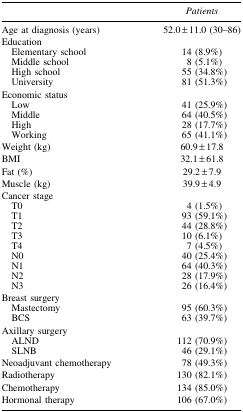
<table><thead><tr><td><b> </b></td><td><b><i>Patients</i></b></td></tr></thead><tbody><tr><td>Age at diagnosis (years)</td><td>52.0 ± 11.0 (30–86)</td></tr><tr><td colspan="2">Education</td></tr><tr><td> Elementary school</td><td>14 (8.9%)</td></tr><tr><td> Middle school</td><td>8 (5.1%)</td></tr><tr><td> High school</td><td>55 (34.8%)</td></tr><tr><td> University</td><td>81 (51.3%)</td></tr><tr><td colspan="2">Economic status</td></tr><tr><td> Low</td><td>41 (25.9%)</td></tr><tr><td> Middle</td><td>64 (40.5%)</td></tr><tr><td> High</td><td>28 (17.7%)</td></tr><tr><td> Working</td><td>65 (41.1%)</td></tr><tr><td>Weight (kg)</td><td>60.9 ± 17.8</td></tr><tr><td>BMI</td><td>32.1 ± 61.8</td></tr><tr><td>Fat (%)</td><td>29.2 ± 7.9</td></tr><tr><td>Muscle (kg)</td><td>39.9 ± 4.9</td></tr><tr><td colspan="2">Cancer stage</td></tr><tr><td> T0</td><td>4 (1.5%)</td></tr><tr><td> T1</td><td>93 (59.1%)</td></tr><tr><td> T2</td><td>44 (28.8%)</td></tr><tr><td> T3</td><td>10 (6.1%)</td></tr><tr><td> T4</td><td>7 (4.5%)</td></tr><tr><td> N0</td><td>40 (25.4%)</td></tr><tr><td> N1</td><td>64 (40.3%)</td></tr><tr><td> N2</td><td>28 (17.9%)</td></tr><tr><td> N3</td><td>26 (16.4%)</td></tr><tr><td colspan="2">Breast surgery</td></tr><tr><td> Mastectomy</td><td>95 (60.3%)</td></tr><tr><td> BCS</td><td>63 (39.7%)</td></tr><tr><td colspan="2">Axillary surgery</td></tr><tr><td> ALND</td><td>112 (70.9%)</td></tr><tr><td> SLNB</td><td>46 (29.1%)</td></tr><tr><td>Neoadjuvant chemotherapy</td><td>78 (49.3%)</td></tr><tr><td>Radiotherapy</td><td>130 (82.1%)</td></tr><tr><td>Chemotherapy</td><td>134 (85.0%)</td></tr><tr><td>Hormonal therapy</td><td>106 (67.0%)</td></tr></tbody></table>